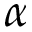
\alpha